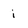
Character: i